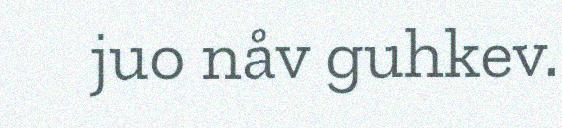
juo nåv guhkev.